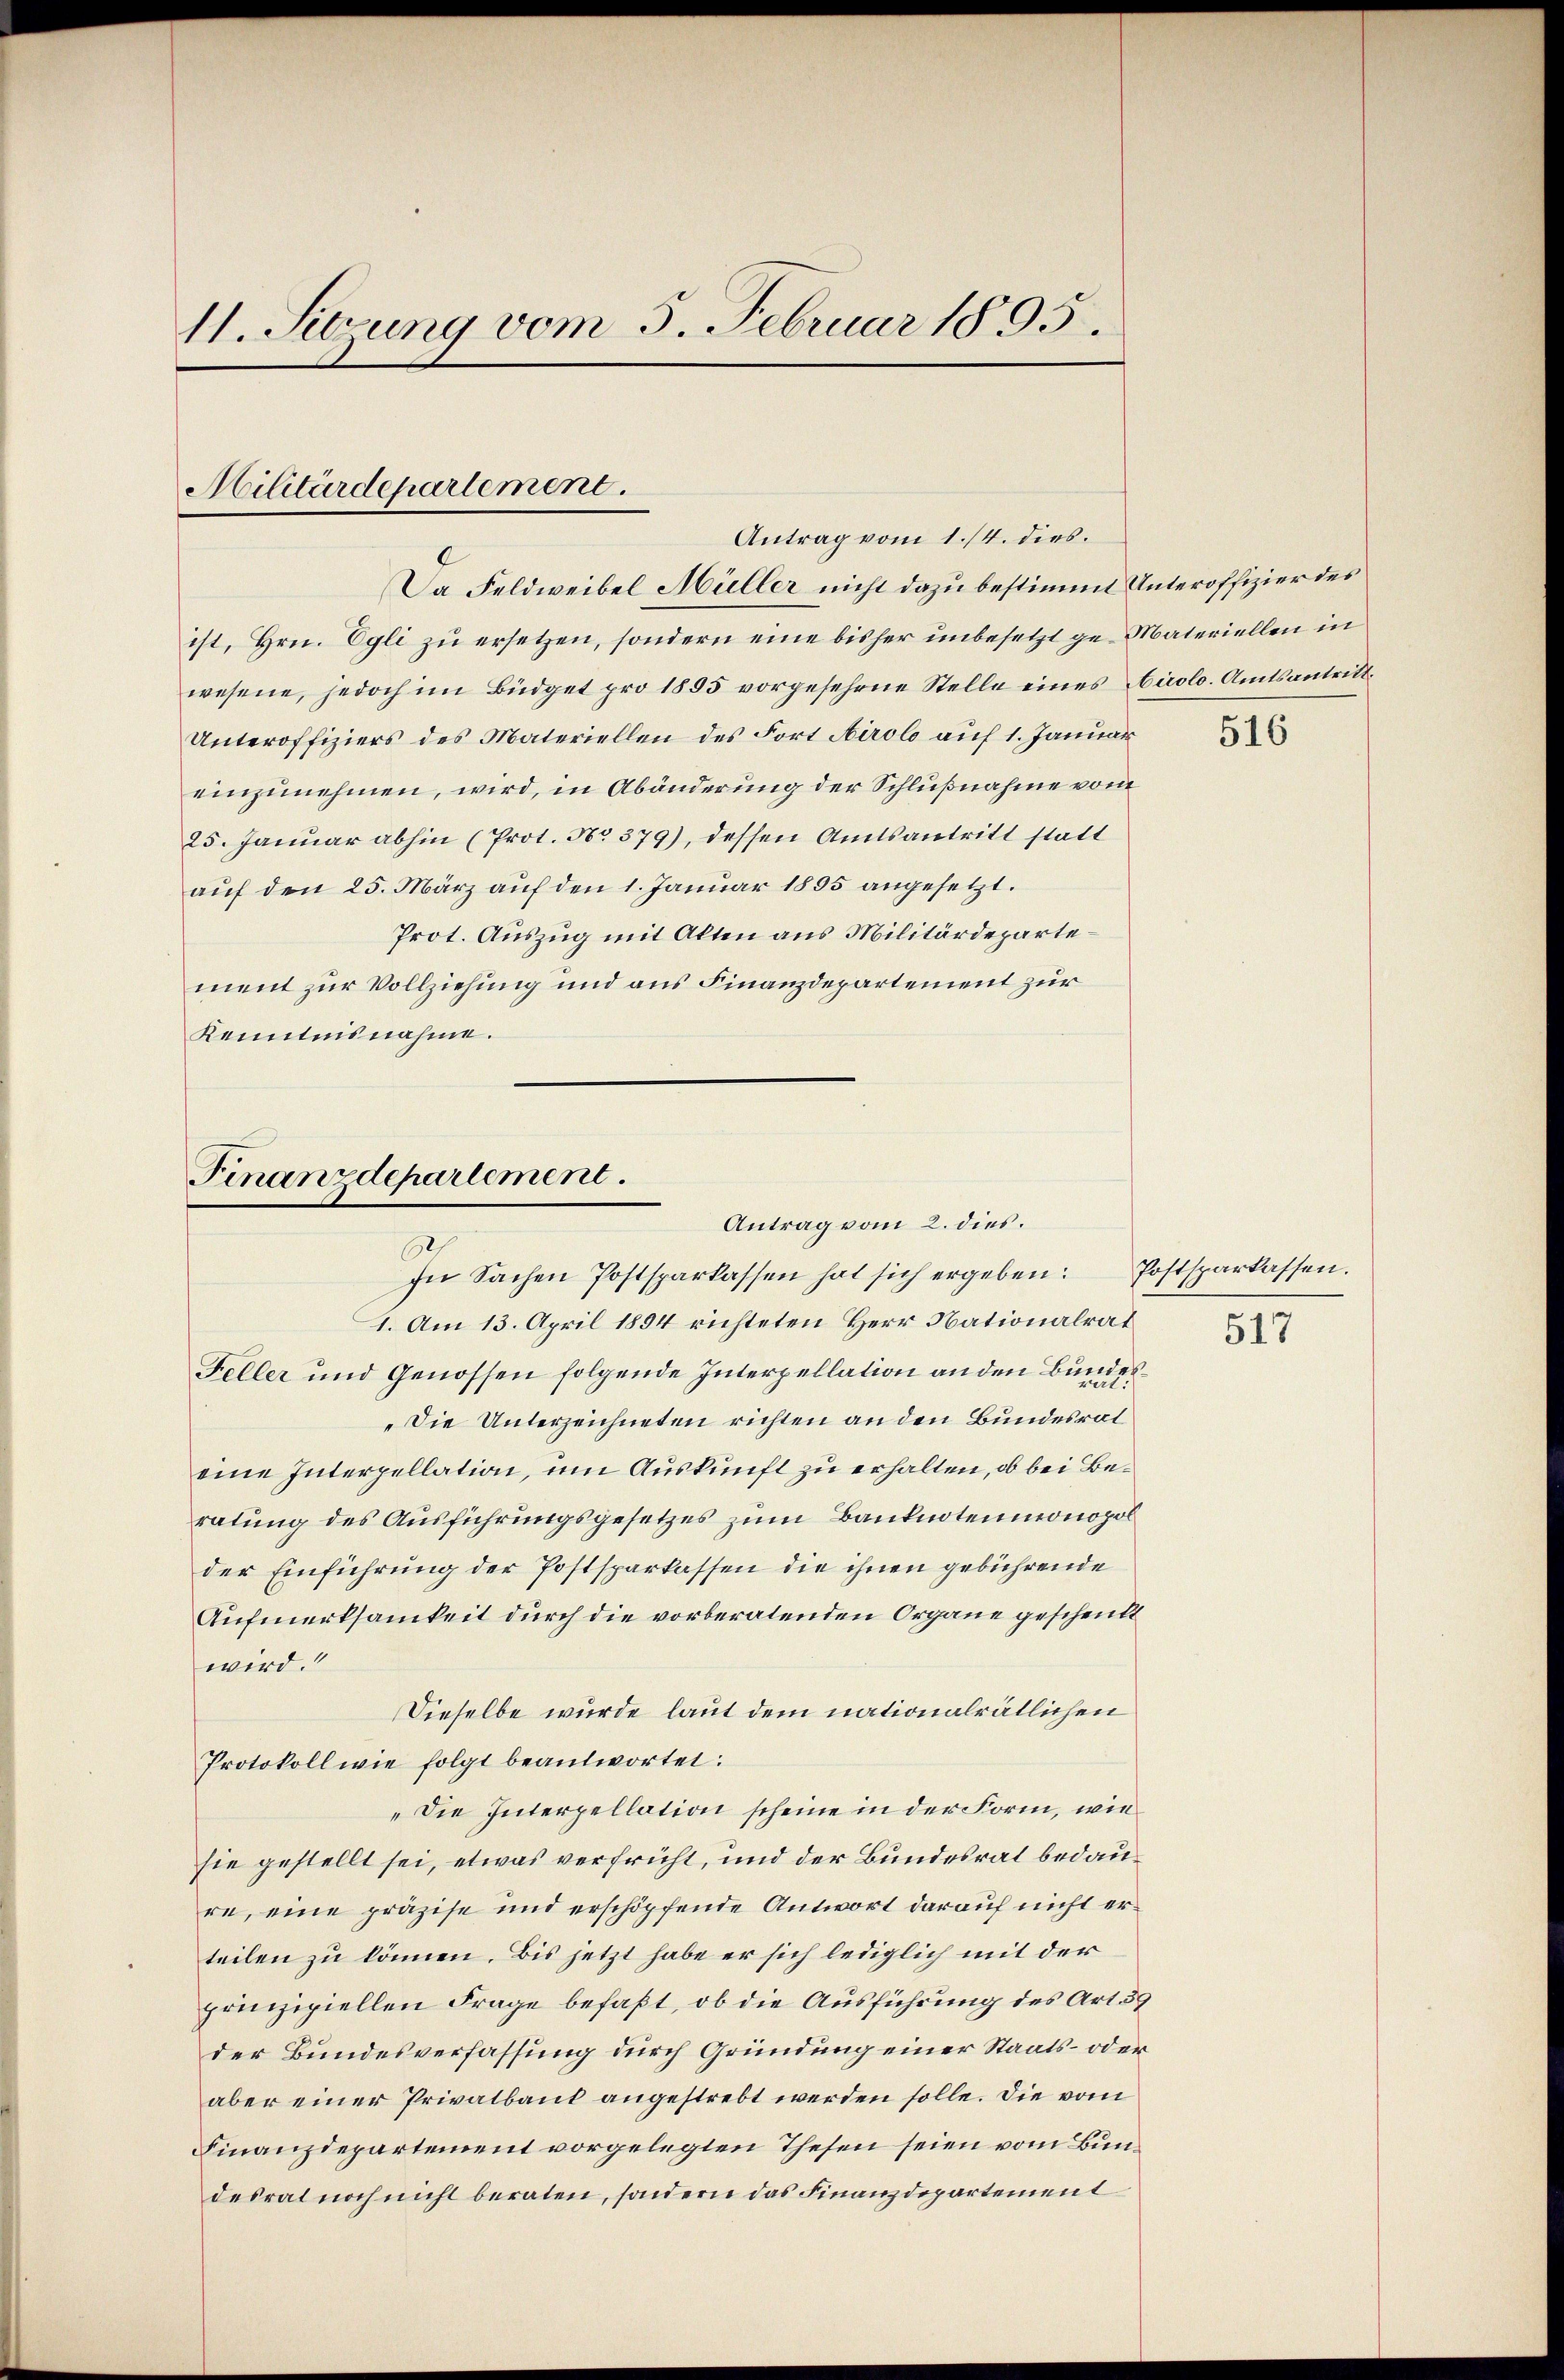
11. Sitzung vom 5. Februar 1895.

Militärdepartement.
Antrag vom 1./4. dies.

Da Feldweibel Müller nicht dazu bestimmt Unteroffizier des
ist, Hrn. Egli zu ersetzen, sondern eine bisher unbesetzt ge- Materiellen in
wesene, jedoch im Büdget pro 1895 vorgesehene Stelle eines Airolo. Amtsantritt.
Unteroffiziers des Materiellen des Fort Airolo auf 1. Januar
einzunehmen, wird, in Abänderung der Schlußnahme vom
25. Januar abhin (Prot. No 379), dessen Amtsantritt statt
auf den 25. März auf den 1. Januar 1895 angesetzt.
Prot. Auszug mit Alten aus Militärdepartement zur Vollziehung und aus Finanzdepartement zur
Kenntnisnahme.

Finanzdepartement.
Antrag vom 2. dies.
In Sachen Postsparkassen hat sich ergeben: Postsparkassen.

1. Am 13. April 1894 richteten Herr Nationalrat
Feller und Genossen folgende Interpellation an den Bun
Die Unterzeichneten richten an den Bundesrat
eine Interpellation, um Auskunft zu erhalten, ob bei Beratung des Ausführungsgesetzes zum Banknotenmonopol
der Einführung der Postsparkassen die ihnen gebührende
Aufmerksamkeit durch die vorberatenden Organe geschenkt
wird.“
Dieselbe wurde laut dem nationalrätlichen
Protokoll wie folgt beantwortet:
„Die Interpellation scheine in der Form, wie
sie gestellt sei, etwas verfrüht, und der Bundesrat bedaure, eine präzise und erschöpfende Antwort darauf nicht erteilen zu können. Bis jetzt habe er sich lediglich mit der
prinzipiellen Frage befaßt, ob die Ausführung des Art. 39
der Bundesverfassung durch Gründung einer Staats- oder
aber einer Privatbank angestrebt werden solle. Die vom
Finanzdepartement vorgelegten Thesen seien vom Bundesrat noch nicht beraten, sondern das Finanzdepartement

2

516

517